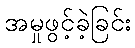
အမှုဖွင့်ခဲ့ခြင်း